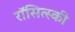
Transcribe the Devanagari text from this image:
रॉसित्स्की